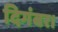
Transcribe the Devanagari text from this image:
दिगंबर।